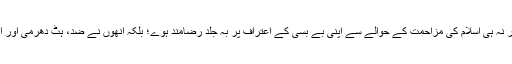
لیکن مشرکین و کفار نے فوراً شکست تسلیم نہیں کرلی اور نہ ہی اِسلام کی مزاحمت کے حوالے سے اپنی بے بسی کے اعتراف پر بہ جلد رضامند ہوے؛ بلکہ اُنھوں نے ضد، ہٹ دھرمی اور اپنی مزید ذلت کا سامان بہم پہنچانے کا عمل جاری رکھا۔